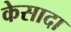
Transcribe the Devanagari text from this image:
केसादा